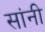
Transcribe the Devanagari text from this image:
सांनी